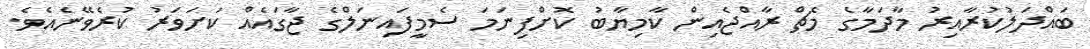
ބައްދަލުކުރާއިރު މާދަމާގެ މެޗް ރާއްޖެއިން ކާމިޔާބު ކޮށްފިނަމަ ސެމީފައިނަލްގެ ޖާގައެއް ކަށަވަރު ކުރެވޭނެއެވެ.